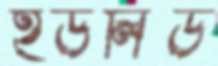
ইউলিড